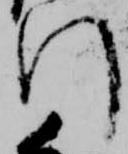
門